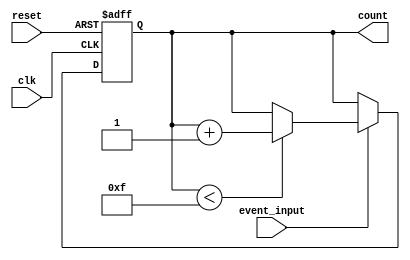
module event_counter (
    input wire clk,          // Clock signal
    input wire reset,        // Reset signal (active high)
    input wire event_input,  // Event signal (to increment the counter)
    output reg [3:0] count   // 4-bit counter output
);

    // Always block for synchronous operation
    always @(posedge clk or posedge reset) begin
        if (reset) begin
            count <= 4'b0000; // Reset the counter to zero
        end else if (event_input) begin
            if (count < 4'b1111) begin
                count <= count + 1; // Increment the counter if not at max
            end
        end
    end

endmodule